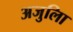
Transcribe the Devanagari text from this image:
अजुलिा